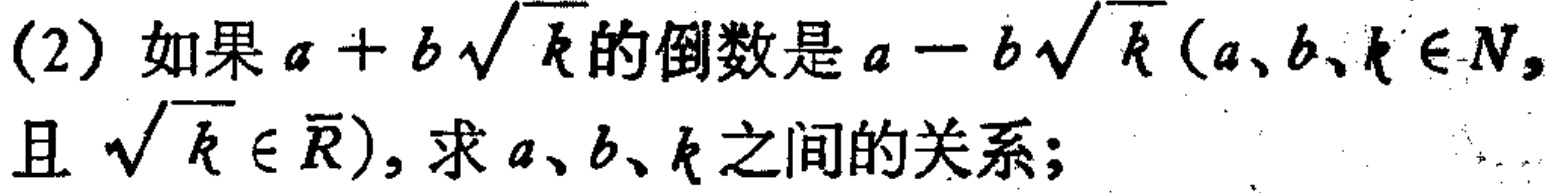
(2) 如果\(a + b\sqrt{k}\)的倒数是\(a - b\sqrt{k}(a、b、k\in N,\)且\(\sqrt{k}\in \overline{R})\)，求\(a、b、k\)之间的关系；